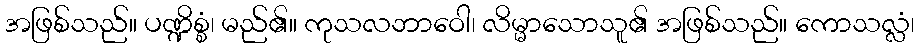
အဖြစ်သည်။ ပဏ္ဍိစ္စံ၊ မည်၏။ ကုသလဘာဝေါ၊ လိမ္မာသောသူ၏ အဖြစ်သည်။ ကောသလ္လံ၊